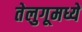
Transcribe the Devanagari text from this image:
तेलुगूमध्ये